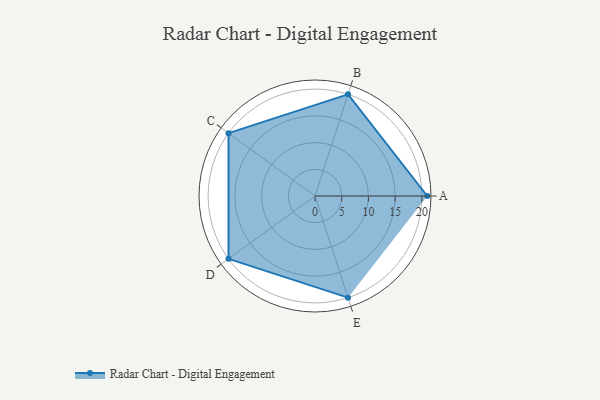
{"axis": {"x": "Skill", "y": "Score"}, "legend": ["Profile"], "data": [{"x": "A", "y": 21.0, "type": "Profile"}, {"x": "B", "y": 20.0, "type": "Profile"}, {"x": "C", "y": 20, "type": "Profile"}, {"x": "D", "y": 20, "type": "Profile"}, {"x": "E", "y": 20, "type": "Profile"}]}